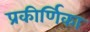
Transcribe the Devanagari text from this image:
प्रकीर्णिका